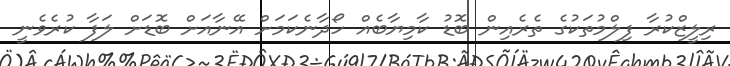
ރިލީޒްކުރާ ފިލްމުތަކުގެ ތެރެއިން ބޮޑު ކާމިޔާބެއް ހޯދާނެކަމަށް އޭނާއަށް ބޮޑަށް ލަފާ ކުރެވެނީ